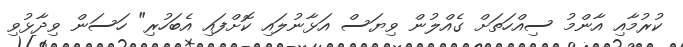
ކުރުމާއި އާންމު ސިއްހަތަށް ގެއްލުން ވިޔަސް އަޅާނުލައި ކޮށްފައި އެބަހުރި" ހަސަން ވިދާޅުވި